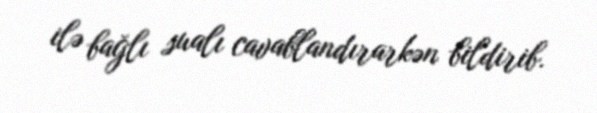
ilə bağlı sualı cavablandırarkən bildirib.